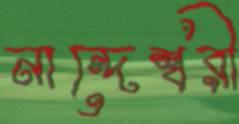
নান্দেশ্বরী